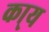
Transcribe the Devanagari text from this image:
का्य